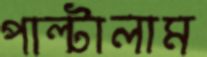
পাল্টালাম